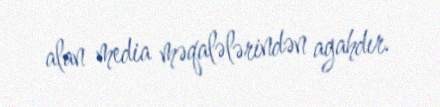
alan media məqalələrindən agahdır.